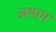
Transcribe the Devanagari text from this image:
अमाम